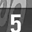
Digit: 5